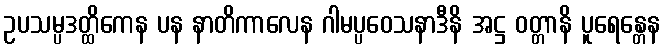
ဥပသမ္ပဒတ္ထိကေန ပန နာတိကာလေန ဂါမပ္ပဝေသနာဒီနိ အဋ္ဌ ဝတ္တာနိ ပူရေန္တေန